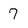
Character: 7